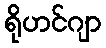
ရိုဟင်ဂျာ